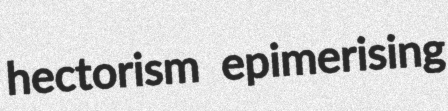
hectorism epimerising